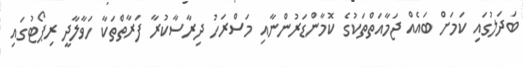
ބަދަލުގައި ކަމަށް ބައެއް ޖަމާއަތްތަކުގެ ކޮމާންޑަރުންނާއި މަސްރަހު ދިރާސާކުރާ ފަރާތްތަކާ ހަވާލާދީ ރިޕޯޓުގައި